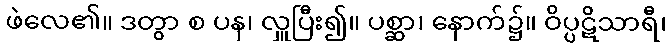
ဖဲလေ၏။ ဒတွာ စ ပန၊ လှူပြီး၍။ ပစ္ဆာ၊ နောက်၌။ ဝိပ္ပဋိသာရီ၊